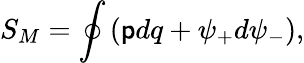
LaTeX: S_{M}=\oint\left(\mathsf{p}dq+\psi_{+}d\psi_{-}\right),